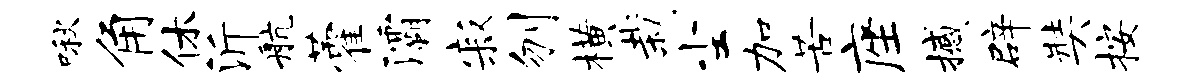
啾角休沂航藿灞寂刎横栽尘加苦座撼辟奘按